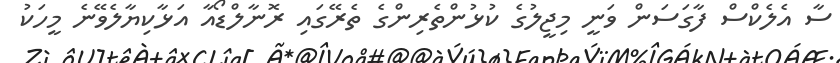
ސާ އެލެކްސް ފާގަސަން ވަނީ މިޖީލުގެ ކުޅުންތެރިންގެ ތެރޭގައި ރޮނާލްޑޯއާ އަޅާކިޔާލެވޭނެ މީހަކު